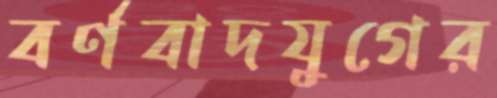
বর্ণবাদযুগের